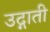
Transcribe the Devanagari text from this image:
उद्गाती